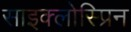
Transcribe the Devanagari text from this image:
साइक्लोस्प्रिन